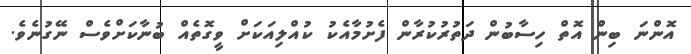
އޮންނަ ބިން އޮތް ހިސާބުން ދަތުރުކުރާން ފެށުމާއެކު ކުއްލިއަކަށް ވީގޮތެއް ބުނާކަށްވެސް ނޭގުނެވެ.